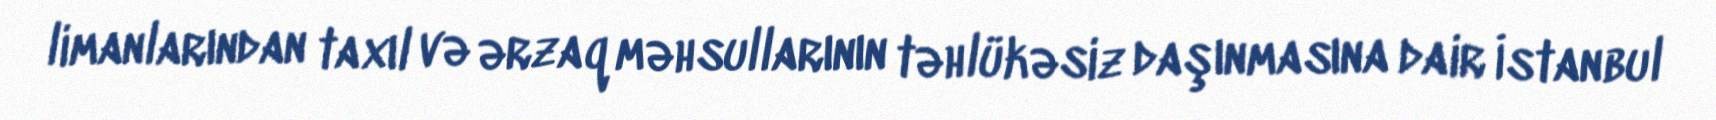
limanlarından taxıl və ərzaq məhsullarının təhlükəsiz daşınmasına dair İstanbul